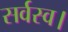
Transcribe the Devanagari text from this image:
सर्वस्व।